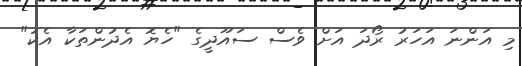
މި އަންނަ އަހަރު ރޯދަ އަށް ވެސް ސައޫދީގެ "ހެޔޮ އެދުންތަކާ އެކު"